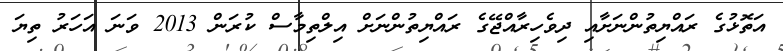
އަތޮޅުގެ ރައްޔިތުންނަށާއި ދިވެހިރާއްޖޭގެ ރައްޔިތުންނަށް އިލްތިމާސް ކުރަން 2013 ވަނަ އަހަރު ތިޔަ